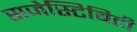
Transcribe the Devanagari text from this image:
सजेस्टिबिटी